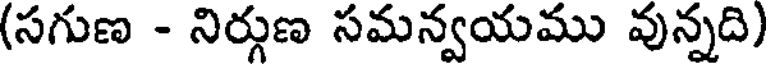
(సగుణ - నిర్గుణ సమన్వయము వున్నది)